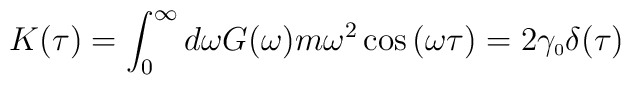
K(\tau) = \int_{0}^{\infty}d\omega G(\omega)m\omega^{2}\cos{(\omega \tau)} = 2\gamma_{\scriptscriptstyle 0}\delta(\tau)